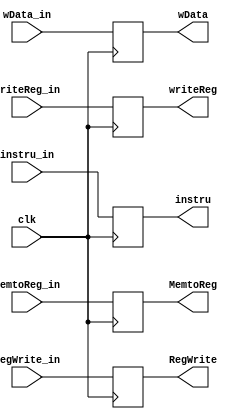
// pipelined register for MEM/WB stage

`timescale 1ns / 1ps

module pr_mem_wb(
  input clk,
  input MemtoReg_in, // WB
  input RegWrite_in, // WB
  output reg MemtoReg,
  output reg RegWrite,

  input [31:0] wData_in,
  input [4:0] writeReg_in,
  input [31:0] instru_in,
  output reg [31:0] wData,
  output reg [4:0] writeReg,
  output reg [31:0] instru
);

  initial begin
    MemtoReg = 0;
    RegWrite = 0;
  end

  always @(posedge clk) begin
    MemtoReg = MemtoReg_in;
    RegWrite = RegWrite_in;

    wData = wData_in;
    writeReg = writeReg_in;
    instru = instru_in;
  end

endmodule